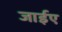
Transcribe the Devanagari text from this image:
जाईए